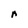
Character: r